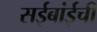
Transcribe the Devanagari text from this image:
सईबांईची